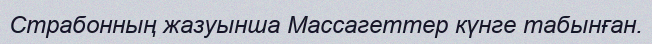
Страбонның жазуынша Массагеттер күнге табынған.